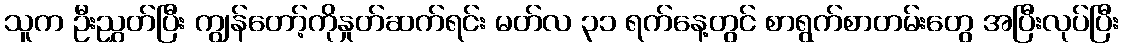
သူက ဦးညွှတ်ပြီး ကျွန်တော့်ကိုနှုတ်ဆက်ရင်း မတ်လ ၃၁ ရက်နေ့တွင် စာရွက်စာတမ်းတွေ အပြီးလုပ်ပြီး